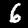
Label: 6